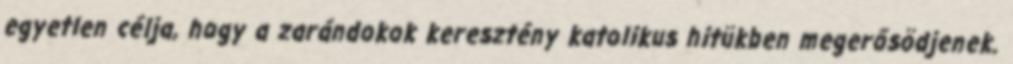
egyetlen célja, hogy a zarándokok keresztény katolikus hitükben megerősödjenek.